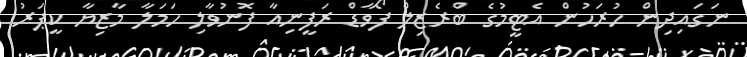
ނަގައިދިން ހުރަހުން އެޓީމުގެ ބްރެޒިލް ފޯވާޑް ރަފީނިއާ ފޮނުވާލި ހަމަލާ މާޒިޔާ ކީޕަރު